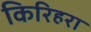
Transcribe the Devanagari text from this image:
किरिहरा